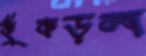
কুঁকড়ল